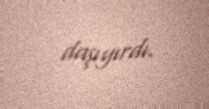
daşıyırdı.